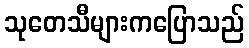
သုတေသီများကပြောသည်